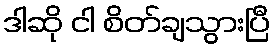
ဒါဆို ငါ စိတ်ချသွားပြီ